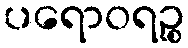
ပရောဝရဉ္စ